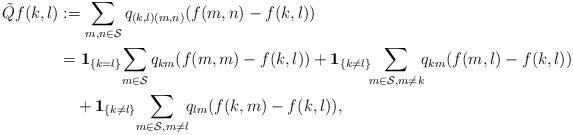
LaTeX: \begin{align*}\tilde Qf(k,l)&:= \sum_{m,n\in \mathcal S} q_{(k,l)(m,n)}(f(m,n)-f(k,l))\\ &=\mathbf 1_{\{k=l\}}\!\sum_{m\in \mathcal S} q_{km}(f(m,m)-f(k,l))+\mathbf 1_{\{k\neq l\}}\!\!\sum_{m\in \mathcal S,m\neq k}\!\!q_{km}(f(m,l)-f(k,l))\\ &\quad+\mathbf 1_{\{k\neq l\}}\!\sum_{m\in \mathcal S,m\neq l}\!\!q_{lm}(f(k,m)-f(k,l)),\end{align*}